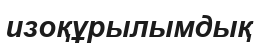
изоқұрылымдық